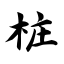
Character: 桩